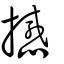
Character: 撼